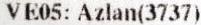
VE05: AZLAN(3737)